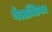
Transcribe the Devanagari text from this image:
गैलाक्टिका